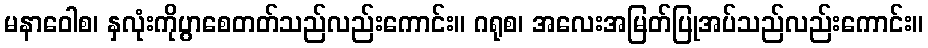
မနာဝေါစ၊ နှလုံးကိုပွာစေတတ်သည်လည်းကောင်း။ ဂရုစ၊ အလေးအမြတ်ပြုအပ်သည်လည်းကောင်း။